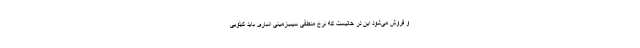
و فروش می‌شود این در حالیست که نرخ منطقی سیب‌زمینی انباری باید کیلویی